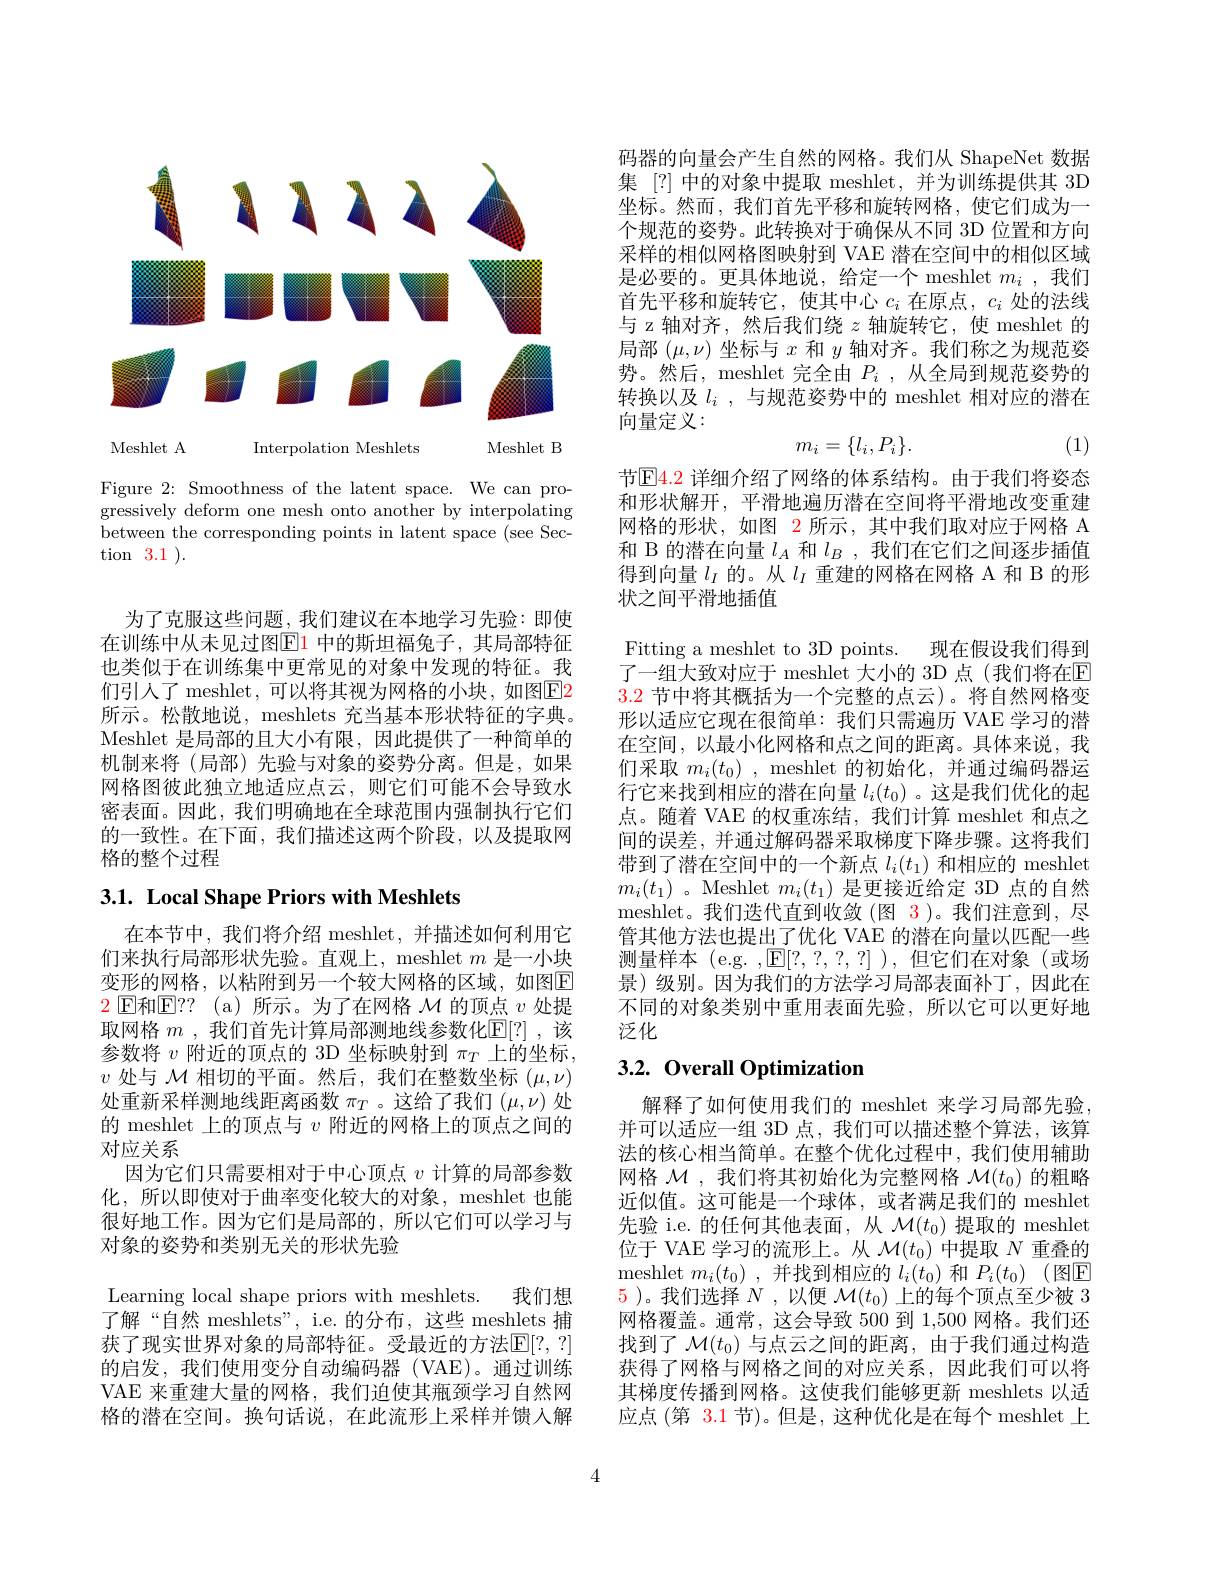
<FigureHere>

Figure 2: Smoothness of the latent space. We can progressively deform one mesh onto another by interpolating between the corresponding points in latent space (see Section 3.1 ).

为了克服这些问题，我们建议在本地学习先验：即使在训练中从未见过图$\color{red}{\mathrm{E1}}$ 中的斯坦福兔子，其局部特征也类似于在训练集中更常见的对象中发现的特征。我们引人了 meshlet,可以将其视为网格的小块，如图$\color{red}{\mathrm{E}}\color{blue}{\mathrm{E}}\color{red}{\mathrm{2}}$ 所示。松散地说，meshlets 充当基本形状特征的字典。Meshlet 是局部的且大小有限，因此提供了一种简单的机制来将(局部)先验与对象的姿势分离。但是，如果网格图彼此独立地适应点云，则它们可能不会导致水密表面。因此，我们明确地在全球范围内强制执行它们的一致性。在下面，我们描述这两个阶段，以及提取网格的整个过程

# 3.1. Local Shape Priors with Meshlets

在本节中，我们将介绍 meshlet,并描述如何利用它们来执行局部形状先验。直观上，meshlet $m$是一小块变形的网格，以粘附到另一个较大网格的区域，如图$\overline{\mathrm{F}}$ $\color{red}{2\text{ E和}\mathrm{E??~(a)}}$所示。为了在网格$\mathcal{M}$的顶点$v$处提取网格 $m$ ,我们首先计算局部测地线参数化$\mathbb{E}[?]$ ,该参数将$v$附近的顶点的 3D 坐标映射到$\pi_T$上的坐标， $v$处与$\mathcal{M}$相切的平面。然后，我们在整数坐标$(\mu,\nu)$ 处重新采样测地线距离函数$\pi_T$ 。这给了我们$(\mu,\nu)$处的 meshlet 上的顶点与$v$附近的网格上的顶点之间的对应关系
因为它们只需要相对于中心顶点$v$计算的局部参数化，所以即使对于曲率变化较大的对象，meshlet 也能很好地工作。因为它们是局部的，所以它们可以学习与对象的姿势和类别无关的形状先验
Learning local shape priors with meshlets.
我们想
了解“自然 meshlets”, i.e. 的分布，这些 meshlets 捕获了现实世界对象的局部特征。受最近的方法$\mathbb{E}[?,?]$ 的启发，我们使用变分自动编码器(VAE)。通过训练VAE 来重建大量的网格，我们迫使其瓶颈学习自然网格的潜在空间。换句话说，在此流形上采样并馈入解

码器的向量会产生自然的网格。我们从 ShapeNet 数据集 [?] 中的对象中提取 meshlet, 并为训练提供其 3D 坐标。然而，我们首先平移和旋转网格，使它们成为一个规范的姿势。此转换对于确保从不同 3D 位置和方向采样的相似网格图映射到 VAE 潜在空间中的相似区域是必要的。更具体地说，给定一个 meshlet $m_i$ ,我们首先平移和旋转它，使其中心$c_i$在原点，$c_i$处的法线与 z 轴对齐，然后我们绕$z$轴旋转它，使 meshlet 的局部$(\mu,\nu)$坐标与$x$和$y$轴对齐。我们称之为规范姿势。然后，meshlet 完全由$P_i$ ,从全局到规范姿势的转换以及$l_i$ ,与规范姿势中的 meshlet 相对应的潜在向量定义：
$$m_i=\{l_i,P_i\}.$$
 (1)

节$\mathbb{E}\color{red}{4.2}$ 详细介绍了网络的体系结构。由于我们将姿态和形状解开，平滑地遍历潜在空间将平滑地改变重建网格的形状，如图$\color{red}{2}$所示，其中我们取对应于网格 A 和 B 的潜在向量$l_A$和$l_B$ ,我们在它们之间逐步插值得到向量$l_I$的。从$l_I$重建的网格在网格 A 和 B 的形状之间平滑地插值

Fitting a meshlet to 3D points. 现在假设我们得到了一组大致对应于 meshlet 大小的 3D 点 (我们将在$\mathbb{E}$ 3.2节中将其概括为一个完整的点云)。将自然网格变形以适应它现在很简单：我们只需遍历 VAE 学习的潜在空间，以最小化网格和点之间的距离。具体来说，我们采取$m_i(t_0)$ , meshlet 的初始化，并通过编码器运行它来找到相应的潜在向量$l_i(t_0)$ 。这是我们优化的起点。随着 VAE 的权重冻结，我们计算 meshlet 和点之间的误差，并通过解码器采取梯度下降步骤。这将我们带到了潜在空间中的一个新点$l_i(t_1)$和相应的 meshlet $m_i(t_1)$ 。Meshlet $m_i(t_1)$是更接近给定 3D 点的自然meshlet。我们迭代直到收敛(图 3)。我们注意到，尽管其他方法也提出了优化 VAE 的潜在向量以匹配一些测量样本 (e.g. $,\mathbb{E}[?,?,?,?]$ ),但它们在对象(或场景)级别。因为我们的方法学习局部表面补丁，因此在不同的对象类别中重用表面先验，所以它可以更好地泛化
3.2. Overall Optimization

解释了如何使用我们的 meshlet 来学习局部先验， 并可以适应一组 3D 点，我们可以描述整个算法，该算法的核心相当简单。在整个优化过程中，我们使用辅助网格$\mathcal{M}$ ,我们将其初始化为完整网格$\mathcal{M}(t_0)$的粗略近似值。这可能是一个球体，或者满足我们的 meshlet 先验 i.e. 的任何其他表面，从$\mathcal{M}(t_0)$提取的 meshlet 位于 VAE 学习的流形上。从$\mathcal{M}(t_0)$中提取$N$重叠的$\operatorname* { meshlet} m_i( t_0)$ ,并找到相应的$l_i(t_0)$和$P_i(t_0)$(图$\mathbb{F}$ $\color{red}{5}$)。我们选择$N$ ,以便$\mathcal{M}(t_0)$上的每个顶点至少被 3网格覆盖。通常，这会导致 500 到 1,500 网格。我们还找到了$\mathcal{M}(t_0)$与点云之间的距离，由于我们通过构造获得了网格与网格之间的对应关系，因此我们可以将其梯度传播到网格。这使我们能够更新 meshlets 以适应点 (第 3.1 节)。但是，这种优化是在每个 meshlet 上

4